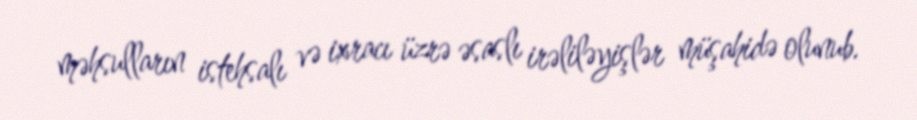
məhsulların istehsalı və ixracı üzrə əsaslı irəliləyişlər müşahidə olunub.